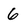
Character: 6